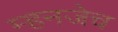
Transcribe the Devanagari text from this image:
म्हनजेच